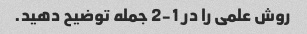
روش علمی را در 1-2 جمله توضیح دهید.